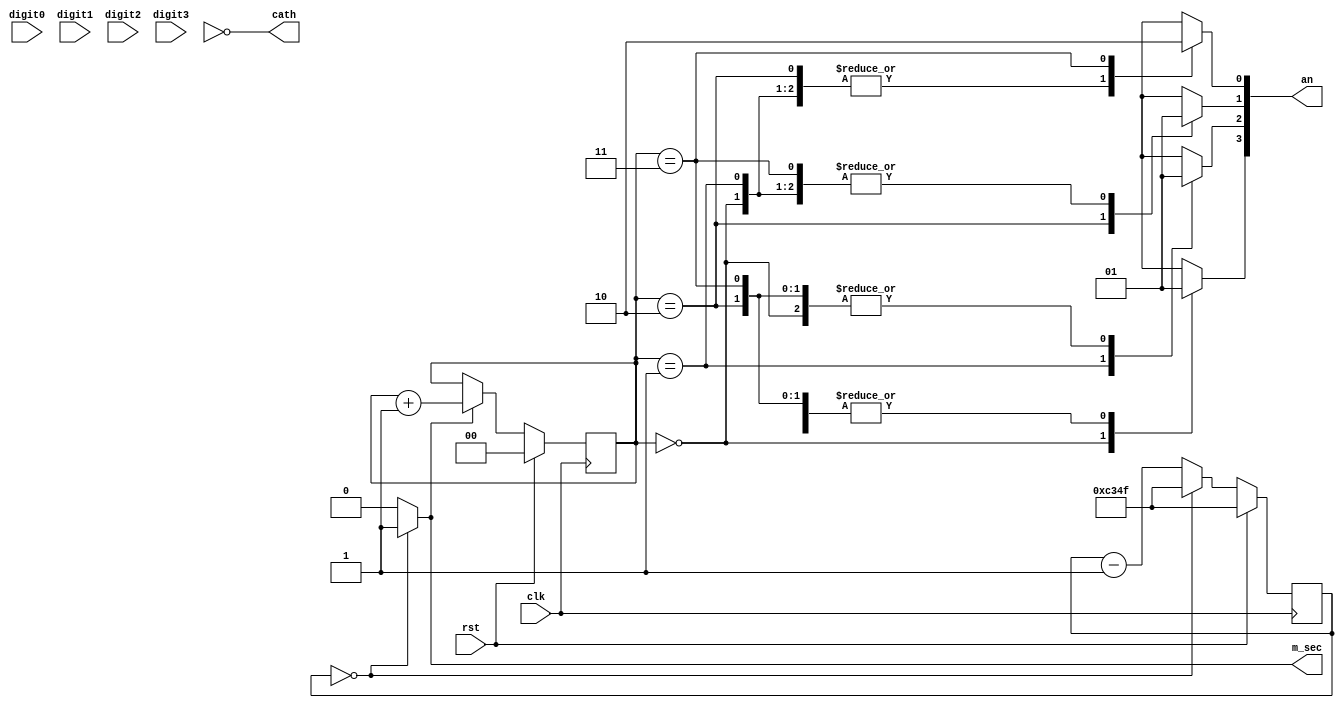
//
// lab7 : version 10/09/2012
//            
`timescale 1ns / 1ps
//////////////////////////////////////////////////////////////////////////////////

//////////////////////////////////////////////////////////////////////////////////
module dsp_drvr(
    input clk,
    input [3:0] digit0,
    input [3:0] digit1,
    input [3:0] digit2,
    input [3:0] digit3,
    input rst,
    output reg [3:0] an,
    output [6:0] cath,
    output reg m_sec
    );

	// register for dividing by 50000
	reg [15:0] count, next_count;
	// register for anode control
	reg [1:0] anreg, next_anreg;
	// for multiplexed input into the decoder
	reg [3:0] mux_digit;
	// output from the decoder
	wire [6:0] seg_out;

	// sequential block
	always @(posedge clk) begin
		count <= next_count;
		anreg <= next_anreg;
	end	// end of always block

	// combinational logic for count
	always @(count, rst) begin
		// take care of defaults
		next_count = count - 1;
		m_sec = 0;
		// normal logic
		if (count == 0) begin
			next_count = 49999;
			m_sec = 1;
		end
		// priority logic
		if (rst == 1) next_count = 49999;
	end	// end of count combinational logic

	// anode control counter logic
	always @(anreg, rst, m_sec) begin
		// defaults
		next_anreg = anreg;	// hold count
		// regular logic
		if (m_sec == 1) next_anreg = anreg + 1;
		// priority logic
		if (rst == 1) next_anreg = 0;
	end	// end of anode combinational logic

	// now do two muxes: digit mux and an signals
	always @(anreg,digit0,digit1,digit2,digit3) begin
		an = 4'b1111;	// default
		case (anreg)
			0: begin
				mux_digit = digit0;
				an[3] = 0;
			end
			1: begin
				mux_digit = digit1;
				an[2] = 0;
			end
			2: begin
				mux_digit = digit2;
				an[1] = 0;
			end
			3: begin
				mux_digit = digit3;
				an[0] = 0;
			end
		endcase
	end	// end of combinational mux

	// finally instantiate the decoder here
	
	assign cath = ~seg_out;	// invert

endmodule